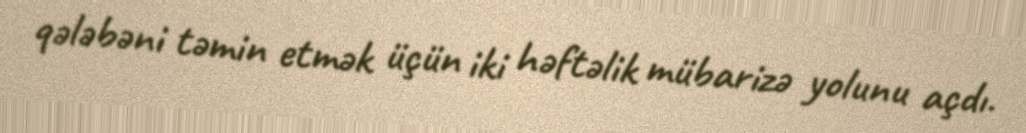
qələbəni təmin etmək üçün iki həftəlik mübarizə yolunu açdı.